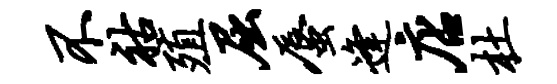
不祜殖屈蜃逢店杜